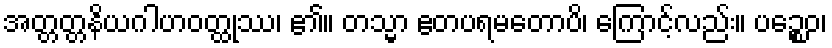
အတ္တတ္တနိယဂါဟဝတ္ထုဿ၊ ၏။ တသ္မာ ဧတပရမတောပိ၊ ကြောင့်လည်း။ ပဉ္စေဝ၊